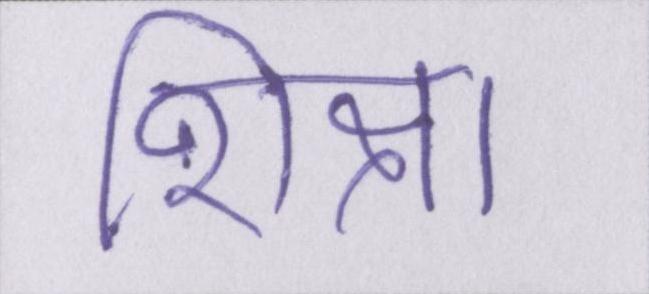
शिक्षा